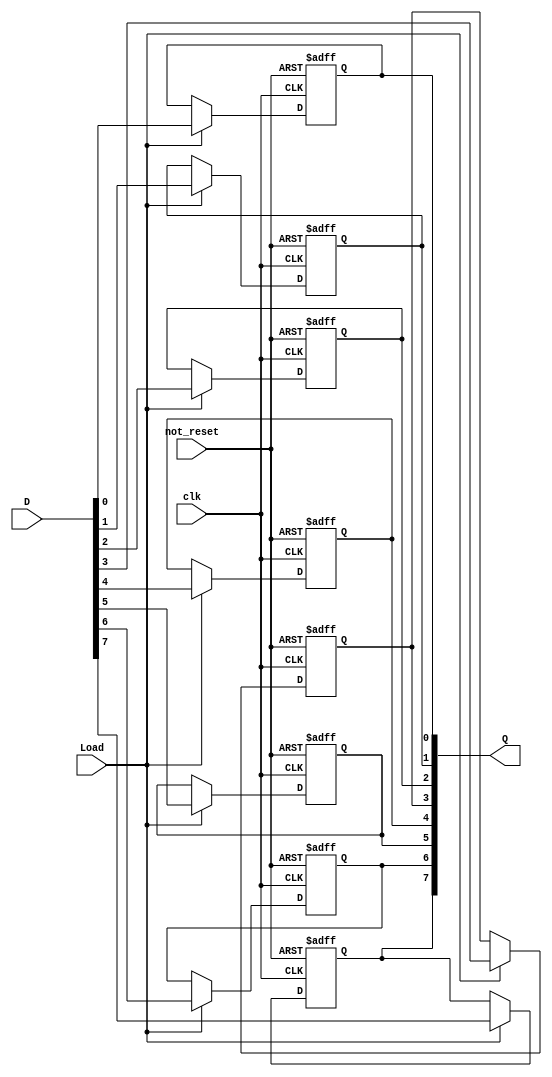
// Copyright (C) 1991-2013 Altera Corporation
// Your use of Altera Corporation's design tools, logic functions 
// and other software and tools, and its AMPP partner logic 
// functions, and any output files from any of the foregoing 
// (including device programming or simulation files), and any 
// associated documentation or information are expressly subject 
// to the terms and conditions of the Altera Program License 
// Subscription Agreement, Altera MegaCore Function License 
// Agreement, or other applicable license agreement, including, 
// without limitation, that your use is for the sole purpose of 
// programming logic devices manufactured by Altera and sold by 
// Altera or its authorized distributors.  Please refer to the 
// applicable agreement for further details.

// PROGRAM		"Quartus II 64-Bit"
// VERSION		"Version 13.0.1 Build 232 06/12/2013 Service Pack 1 SJ Web Edition"
// CREATED		"Fri Jan 23 15:44:19 2015"

module reg_8bit(
	clk,
	Load,
	not_reset,
	D,
	Q
);


input wire	clk;
input wire	not_reset;
input wire	Load;
input wire	[7:0] D;
output wire	[7:0] Q;

reg	[7:0] Q_ALTERA_SYNTHESIZED;





always@(posedge clk or negedge not_reset)
begin
if (!not_reset)
	begin
	Q_ALTERA_SYNTHESIZED[7] <= 0;
	end
else
if (Load)
	begin
	Q_ALTERA_SYNTHESIZED[7] <= D[7];
	end
end


always@(posedge clk or negedge not_reset)
begin
if (!not_reset)
	begin
	Q_ALTERA_SYNTHESIZED[6] <= 0;
	end
else
if (Load)
	begin
	Q_ALTERA_SYNTHESIZED[6] <= D[6];
	end
end


always@(posedge clk or negedge not_reset)
begin
if (!not_reset)
	begin
	Q_ALTERA_SYNTHESIZED[5] <= 0;
	end
else
if (Load)
	begin
	Q_ALTERA_SYNTHESIZED[5] <= D[5];
	end
end


always@(posedge clk or negedge not_reset)
begin
if (!not_reset)
	begin
	Q_ALTERA_SYNTHESIZED[4] <= 0;
	end
else
if (Load)
	begin
	Q_ALTERA_SYNTHESIZED[4] <= D[4];
	end
end


always@(posedge clk or negedge not_reset)
begin
if (!not_reset)
	begin
	Q_ALTERA_SYNTHESIZED[3] <= 0;
	end
else
if (Load)
	begin
	Q_ALTERA_SYNTHESIZED[3] <= D[3];
	end
end


always@(posedge clk or negedge not_reset)
begin
if (!not_reset)
	begin
	Q_ALTERA_SYNTHESIZED[2] <= 0;
	end
else
if (Load)
	begin
	Q_ALTERA_SYNTHESIZED[2] <= D[2];
	end
end


always@(posedge clk or negedge not_reset)
begin
if (!not_reset)
	begin
	Q_ALTERA_SYNTHESIZED[1] <= 0;
	end
else
if (Load)
	begin
	Q_ALTERA_SYNTHESIZED[1] <= D[1];
	end
end


always@(posedge clk or negedge not_reset)
begin
if (!not_reset)
	begin
	Q_ALTERA_SYNTHESIZED[0] <= 0;
	end
else
if (Load)
	begin
	Q_ALTERA_SYNTHESIZED[0] <= D[0];
	end
end

assign	Q = Q_ALTERA_SYNTHESIZED;

endmodule